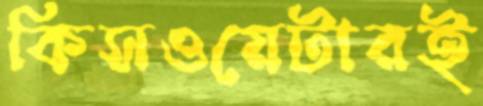
কিসওয়েটারই